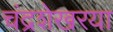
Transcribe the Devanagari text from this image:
चंद्रशेखरया